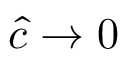
\hat { c } \to 0